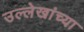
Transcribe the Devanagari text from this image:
उल्लेखांच्या